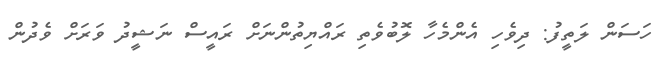
ހަސަން ލަތީފު: ދިވެހި އެންމެހާ ލޮބުވެތި ރައްޔިތުންނަށް ރައީސް ނަޝީދު ވަރަށް ވެދުން